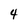
Character: 4